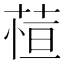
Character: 𬝖